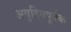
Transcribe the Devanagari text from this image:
अबुद्धिपूर्वक